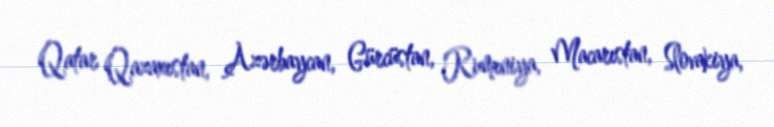
Qatar Qazaxıstan, Azərbaycan, Gürcüstan, Rumıniya, Macarıstan, Slovakiya,